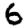
Digit: 6